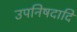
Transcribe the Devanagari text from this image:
उपनिषदादि